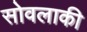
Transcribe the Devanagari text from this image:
सोवलाकी